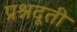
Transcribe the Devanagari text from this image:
प्रश्नदूती